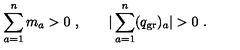
\sum _ { a = 1 } ^ { n } m _ { a } > 0 \ , \qquad | \sum _ { a = 1 } ^ { n } ( q _ { \mathrm { g r } } ) _ { a } | > 0 \ .